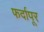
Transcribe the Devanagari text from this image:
फर्दापूर